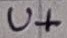
Text: U+